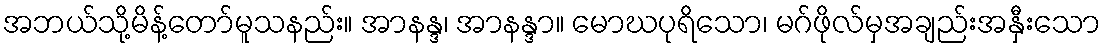
အဘယ်သို့မိန့်တော်မူသနည်း။ အာနန္ဒ၊ အာနန္ဒာ။ မောဃပုရိသော၊ မဂ်ဖိုလ်မှအချည်းအနှီးသော